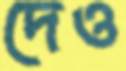
দেও